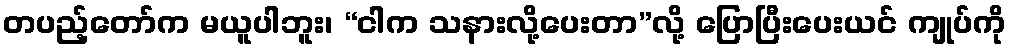
တပည့်တော်က မယူပါဘူး၊ “ငါက သနားလို့ပေးတာ”လို့ ပြောပြီးပေးယင် ကျုပ်ကို